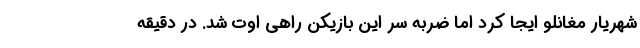
شهریار مغانلو ایجا کرد اما ضربه سر این بازیکن راهی اوت شد. در دقیقه